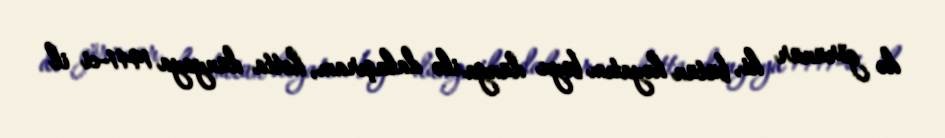
də görünür ki, bütün həyatım boyu dünya ilə dalaşıram, hətta dünyaya 1941-ci il